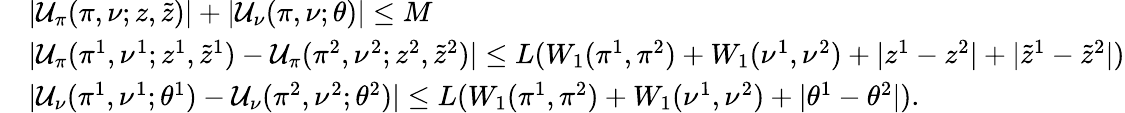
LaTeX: \begin{array}{rl}&{|\mathcal{U}_{\pi}(\pi,\nu;z,\tilde{z})|+|\mathcal{U}_{\nu}(\pi,\nu;\theta)|\leq M}\\ &{|\mathcal{U}_{\pi}(\pi^{1},\nu^{1};z^{1},\tilde{z}^{1})-\mathcal{U}_{\pi}(\pi^{2},\nu^{2};z^{2},\tilde{z}^{2})|\leq L(W_{1}(\pi^{1},\pi^{2})+W_{1}(\nu^{1},\nu^{2})+|z^{1}-z^{2}|+|\tilde{z}^{1}-\tilde{z}^{2}|)}\\ &{|\mathcal{U}_{\nu}(\pi^{1},\nu^{1};\theta^{1})-\mathcal{U}_{\nu}(\pi^{2},\nu^{2};\theta^{2})|\leq L(W_{1}(\pi^{1},\pi^{2})+W_{1}(\nu^{1},\nu^{2})+|\theta^{1}-\theta^{2}|).}\end{array}